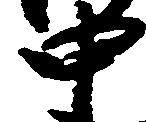
中